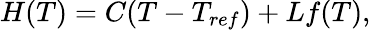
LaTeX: H(T)=C(T-T_{ref})+Lf(T),